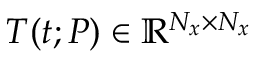
\boldsymbol { T } ( t ; P ) \in \mathbb { R } ^ { N _ { x } \times N _ { x } }